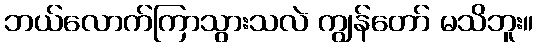
ဘယ်လောက်ကြာသွားသလဲ ကျွန်တော် မသိဘူး။